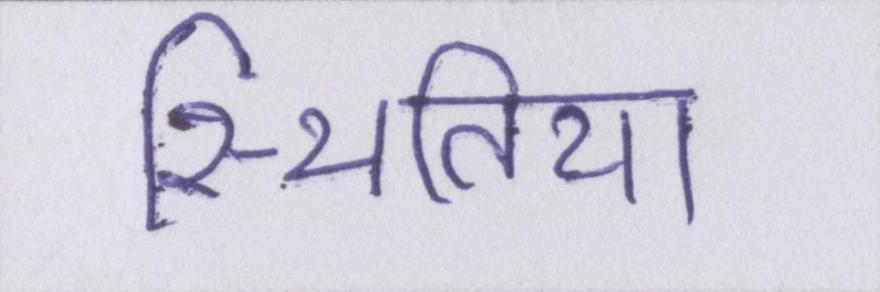
स्थितियाँ